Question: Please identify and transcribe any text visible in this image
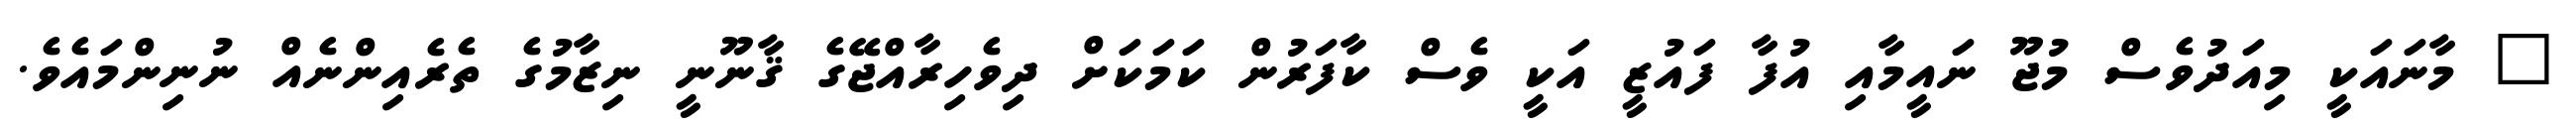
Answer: " މާނައަކީ މިއަދުވެސް މުޖޫ ނައީމާއި އުފާ ފައުޒީ އަކީ ވެސް ކާފަރުން ކަމަކަށް ދިވެހިރާއްޖޭގެ ޤާނޫނީ ނިޒާމުގެ ތެރެއިންނެއް ނުނިންމައެވެ.